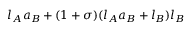
l _ { A } a _ { B } + ( 1 + \sigma ) ( l _ { A } a _ { B } + l _ { B } ) l _ { B }